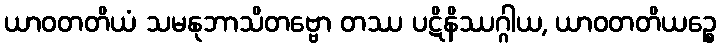
ယာဝတတိယံ သမနုဘာသိတဗ္ဗော တဿ ပဋိနိဿဂ္ဂါယ, ယာဝတတိယဉ္စေ